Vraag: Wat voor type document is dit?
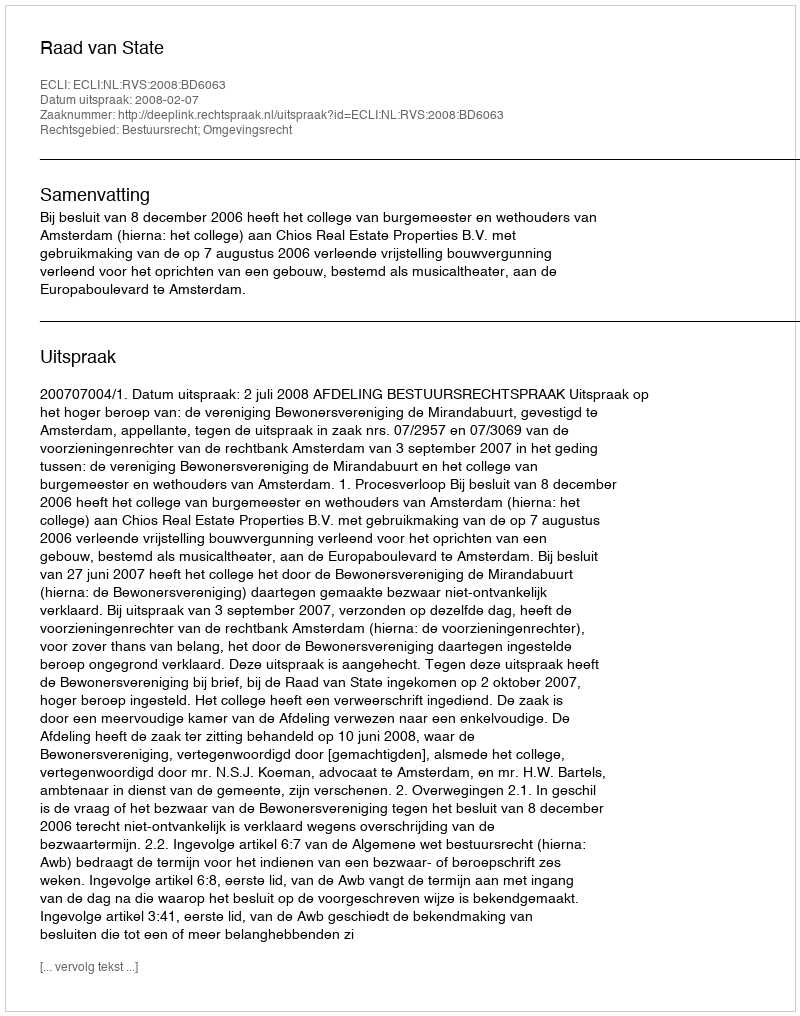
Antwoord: Uitspraak